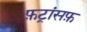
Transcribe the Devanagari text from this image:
फ़ट्रांसफ़